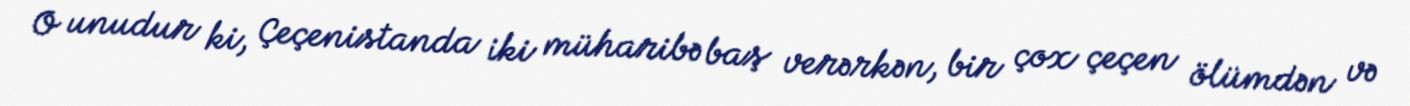
O unudur ki, Çeçenistanda iki müharibə baş verərkən, bir çox çeçen ölümdən və